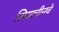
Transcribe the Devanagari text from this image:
सियाचीनचे